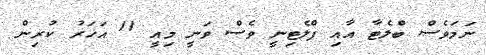
ނަމަވެސް ބްލެޓާ އާއި ޕްލެޓިނީ ވެސް ވަނީ މިއީ 11 އަހަރު ކުރިން